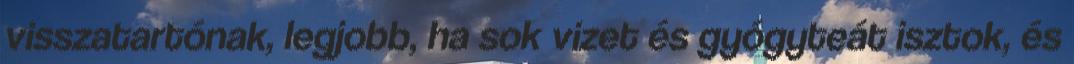
visszatartónak, legjobb, ha sok vizet és gyógyteát isztok, és